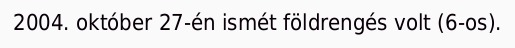
2004. október 27-én ismét földrengés volt (6-os).